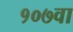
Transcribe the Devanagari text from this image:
१०७वा